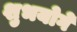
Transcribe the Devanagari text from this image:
शुभयोगे